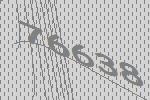
76638